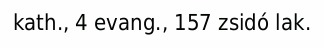
kath., 4 evang., 157 zsidó lak.